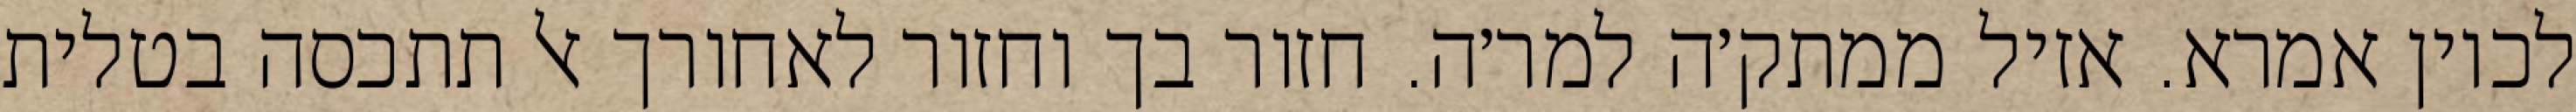
לכוין אמרא. אזיל ממתק׳ה למר׳ה. חזור בך וחזור לאחורך אל תתכסה בטלית